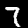
Label: 7